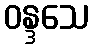
ဝန္ဒသေ